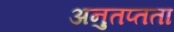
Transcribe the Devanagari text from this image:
अनुतप्तता